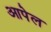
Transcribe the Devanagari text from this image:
आपेल